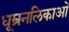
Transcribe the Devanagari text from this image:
धूम्रनलिकाओं